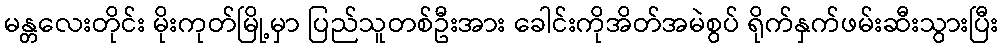
မန္တလေးတိုင်း မိုးကုတ်မြို့မှာ ပြည်သူတစ်ဦးအား ခေါင်းကိုအိတ်အမဲစွပ် ရိုက်နှက်ဖမ်းဆီးသွားပြီး